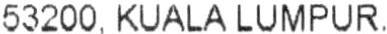
53200, KUALA LUMPUR